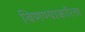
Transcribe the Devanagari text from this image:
विणण्याकरिता